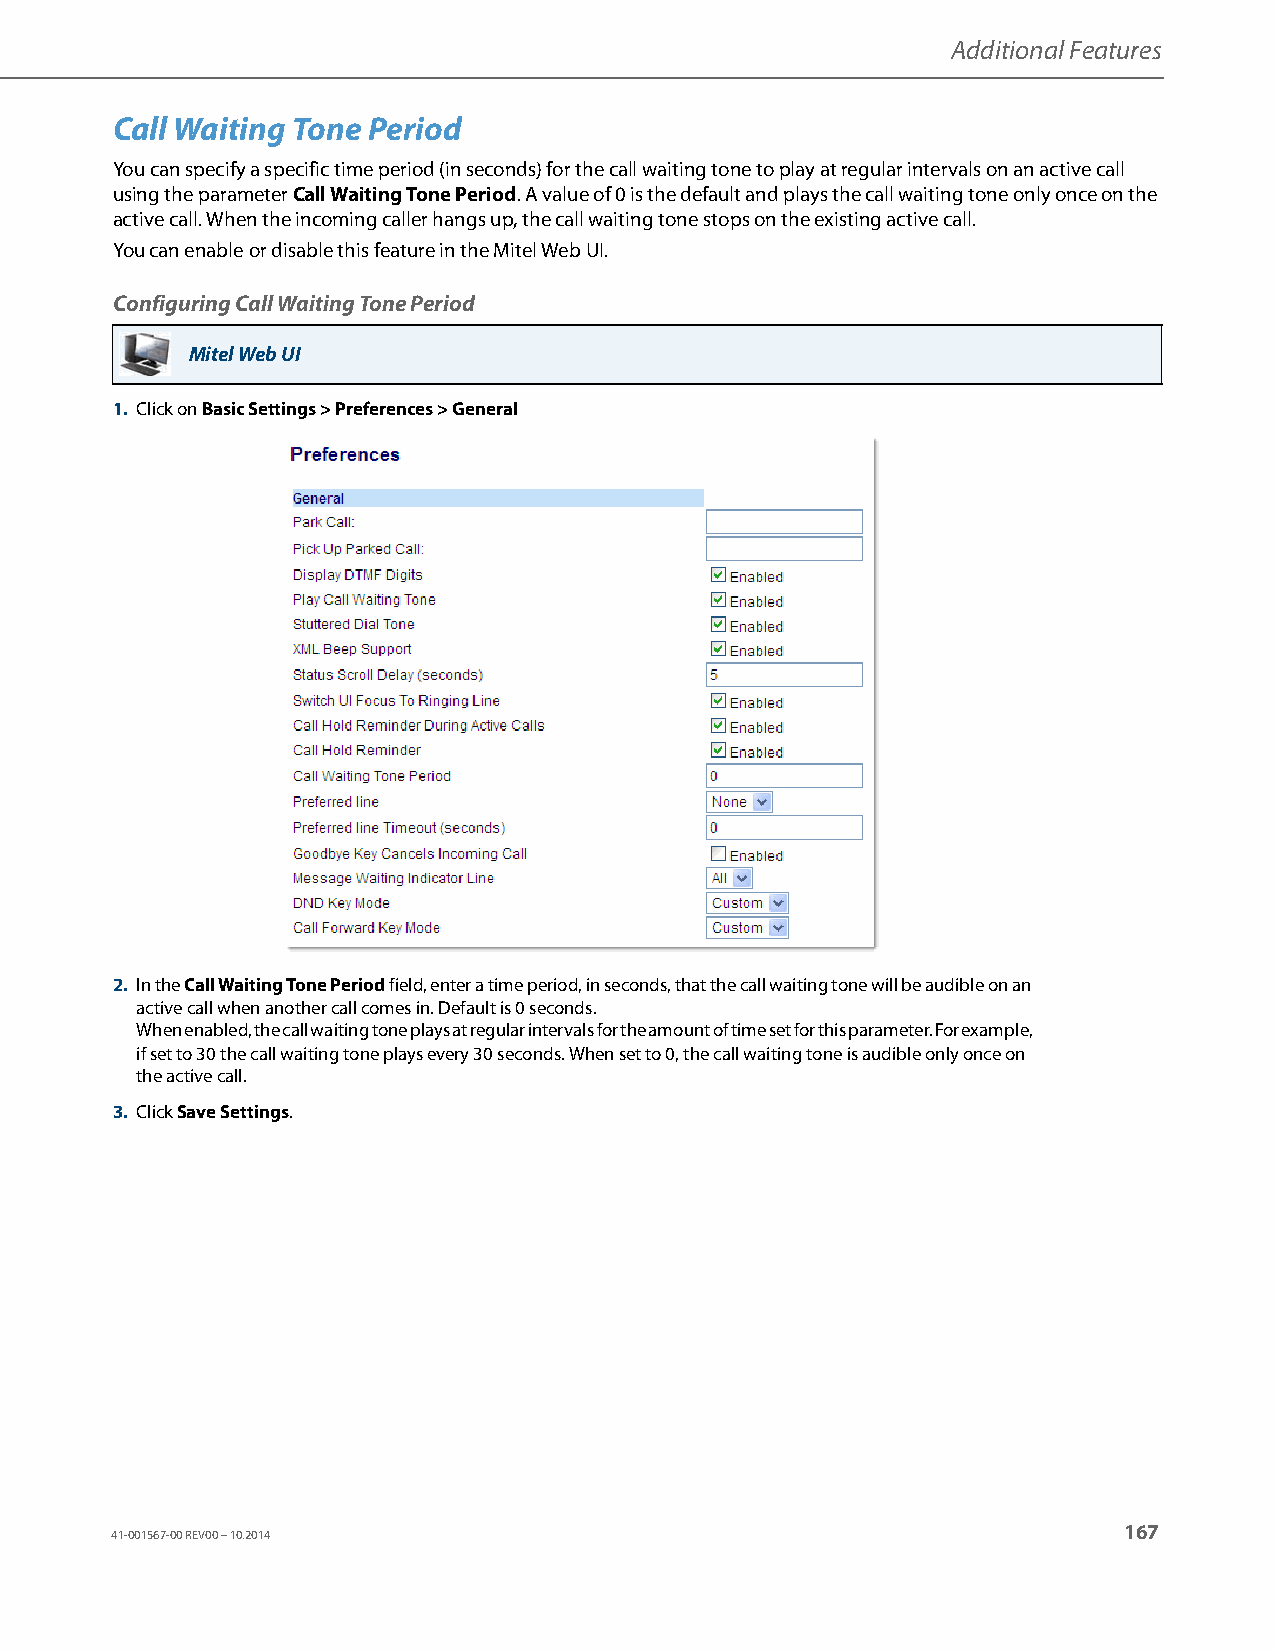
Additional Features
 Call Waiting Tone Period
 You can specify a specific time period (in seconds) for the call waiting tone to play at regular intervals on an active call
 using the parameter Call Waiting Tone Period. A value of 0 is the default and plays the call waiting tone only once on the
 active call. When the incoming caller hangs up, the call waiting tone stops on the existing active call.
 You can enable or disable this feature in the Mitel Web UI.
 Configuring Call Waiting Tone Period
 Mitel Web UI
 1. Click on Basic Settings > Preferences > General
 2. In the Call Waiting Tone Period field, enter a time period, in seconds, that the call waiting tone will be audible on an
 active call when another call comes in. Default is 0 seconds.
 When enabled, the call waiting tone plays at regular intervals for the amount of time set for this parameter. For example,
 if set to 30 the call waiting tone plays every 30 seconds. When set to 0, the call waiting tone is audible only once on
 the active call.
 3. Click Save Settings.
 167
 41-001567-00 REV00 – 10.2014